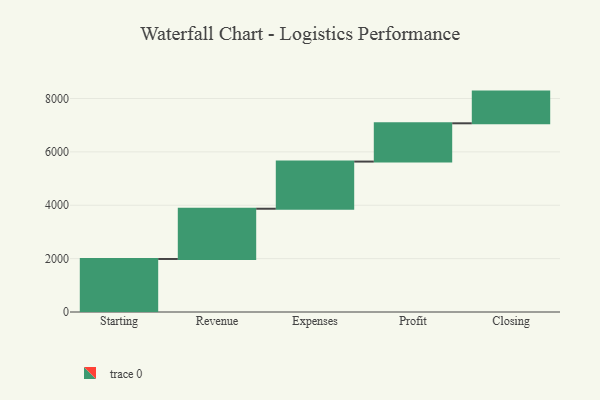
{"axis": {"x": "Step", "y": "Value"}, "legend": [""], "data": [{"x": "Starting", "y": 1987.0, "type": ""}, {"x": "Revenue", "y": 1883.0, "type": ""}, {"x": "Expenses", "y": 1767.0, "type": ""}, {"x": "Profit", "y": 1434.0, "type": ""}, {"x": "Closing", "y": 1188.0, "type": ""}]}